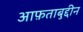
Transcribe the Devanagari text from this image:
आफ़ताबुद्दीन